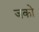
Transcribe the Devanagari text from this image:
जको